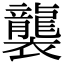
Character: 襲